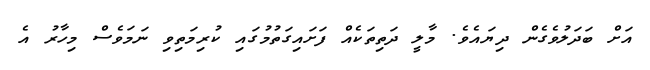
އަށް ބަދަލުވެގެން ދިޔައެވެ. މާލީ ދަތިތަކެއް ފަށައިގަތުމުގައި ކުރިމަތިވި ނަމަވެސް މިހާރު އެ